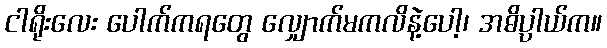
ငါရိုးလေး ပေါက်ကရတွေ လျှောက်မကလိနဲ့ပေါ့၊ အဓိပ္ပာယ်က။